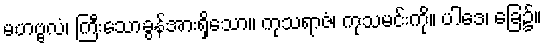
မဟဗ္ဗလံ၊ ကြီးသောခွန်အားရှိသော။ ကုသရာဇံ၊ ကုသမင်းကို။ ပါဒေ၊ ခြေ၌။